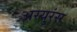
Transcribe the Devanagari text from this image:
अस्युरंस